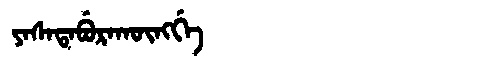
Manchu: ᠶᠠᠰᠠᡨᠠᠪᡠᡵᠠᡴᡡᠩᡤᡝ
Romanization: YASATABURAKŪNGGE